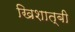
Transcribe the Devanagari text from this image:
खिशात्बी